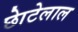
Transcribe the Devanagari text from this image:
छाेटेलाल